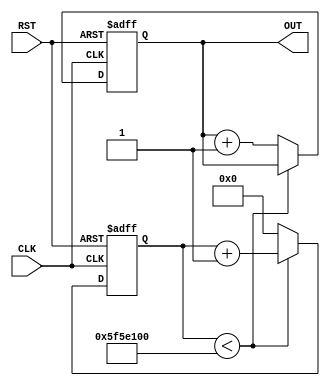
module LED(
    input CLK, RST,
    output reg  [7:0] OUT);
    
    reg [27:0] counter_1;
         
    always @(posedge CLK or posedge RST) begin
            if(RST) begin
                counter_1 <= 8'b0;
                OUT <= 8'b0;
            end
            else begin
              if (counter_1 < 100000000)
                counter_1 <= counter_1 + 1;
              else begin
                    OUT = OUT + 1;
                    counter_1 <= 0;
              end
            end
 end
endmodule